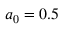
a _ { 0 } = 0 . 5